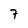
Character: 7